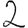
Digit: 2